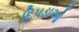
દિપડાઓ